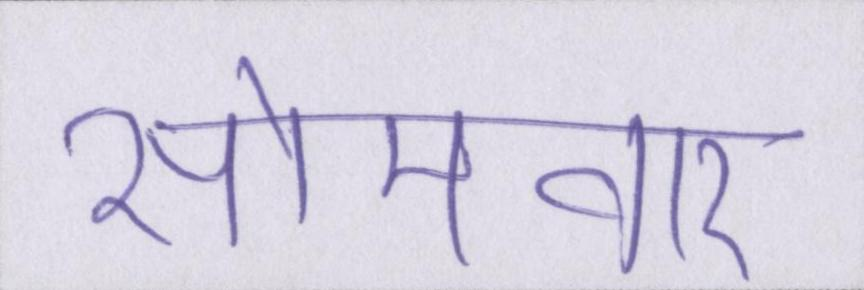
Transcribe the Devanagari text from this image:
सोमवार